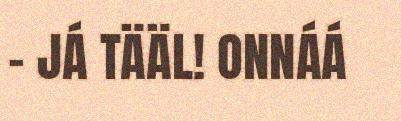
- JÁ TÄÄL! ONNÁÁ